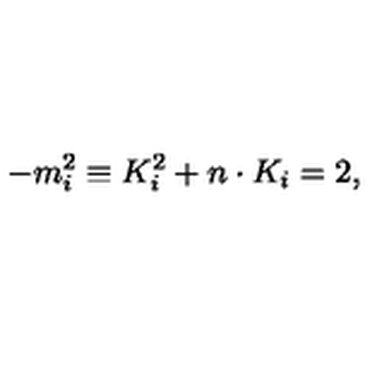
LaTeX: - m _ { i } ^ { 2 } \equiv K _ { i } ^ { 2 } + n \cdot K _ { i } = 2 ,